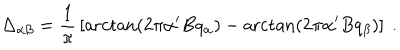
LaTeX: \Delta _ { \alpha \beta } = { \frac { 1 } { \pi } } \left[ \operatorname { a r c t a n } \left( 2 \pi \alpha ^ { \prime } B q _ { \alpha } \right) - \operatorname { a r c t a n } \left( 2 \pi \alpha ^ { \prime } B q _ { \beta } \right) \right] ~ .